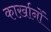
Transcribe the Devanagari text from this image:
कार्ख़ानों